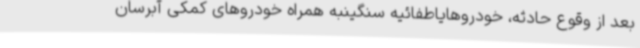
بعد از وقوع حادثه، خودروهایاطفائیه سنگینبه همراه خودروهای کمکی آبرسان